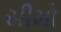
સીમો